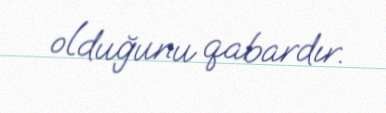
olduğunu qabardır.